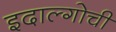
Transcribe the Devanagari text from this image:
इदाल्गोची